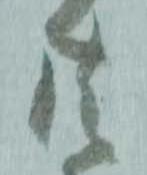
共